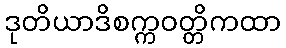
ဒုတိယာဒိစက္ကဝတ္တိကထာ